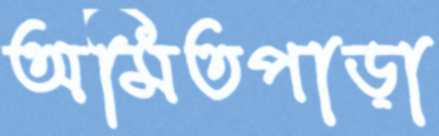
অমিতপাড়া